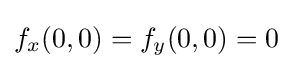
f_{x}(0,0)=f_{y}(0,0)=0